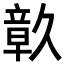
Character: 𮄴